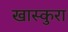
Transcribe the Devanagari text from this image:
खास्कुरा